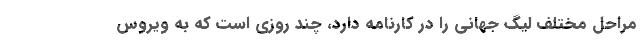
مراحل مختلف لیگ جهانی را در کارنامه دارد، چند روزی است که به ویروس